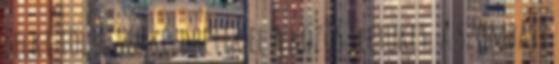
lelki töltéssel kezdhetik el a közös életüket. A szombati